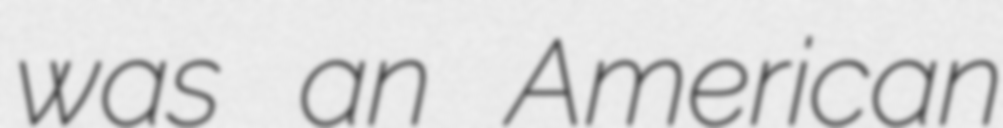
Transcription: was an American